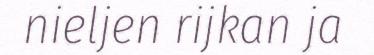
nieljen rijkan ja